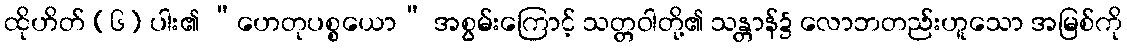
ထိုဟိတ် (၆) ပါး၏ “ဟေတုပစ္စယော” အစွမ်းကြောင့် သတ္တဝါတို့၏ သန္တာန်၌ လောဘတည်းဟူသော အမြစ်ကို